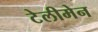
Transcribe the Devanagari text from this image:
टेलीमेन